Civil Veterinary Department Bengal reports 1923-33 - 1923-1933
Year: 1923
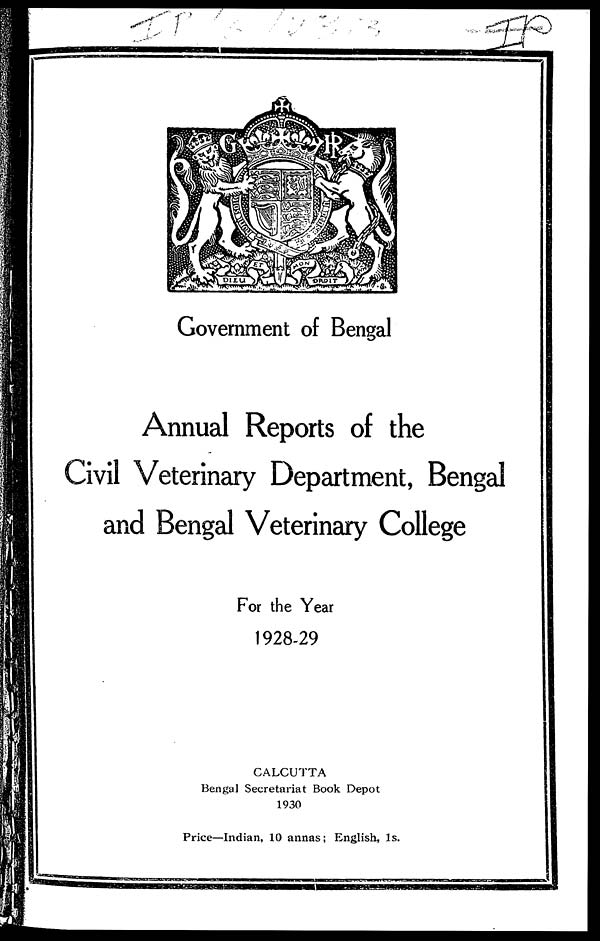
Government of Bengal
Annual Reports of the
Civil Veterinary Department, Bengal
and Bengal Veterinary College
For the Year
1928-29
CALCUTTA
Bengal Secretariat Book Depot
1930
Price—Indian, 10 annas; English, 1s.